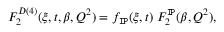
F _ { 2 } ^ { D ( 4 ) } ( \xi , t , \beta , Q ^ { 2 } ) = f _ { \tt I \! P } ( \xi , t ) \; F _ { 2 } ^ { \tt I \! P } ( \beta , Q ^ { 2 } ) ,